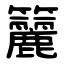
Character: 籭